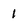
Character: 1